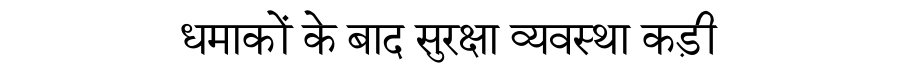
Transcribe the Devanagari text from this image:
धमाकों के बाद सुरक्षा व्यवस्था कड़ी